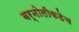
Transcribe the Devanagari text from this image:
बर्नोलीकडेच